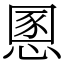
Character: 慁